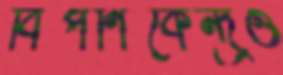
বিপণিকেন্দ্রও